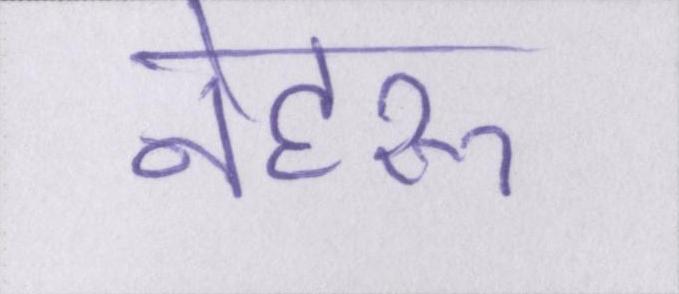
नेहरू